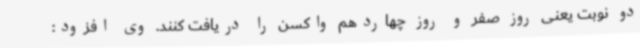
دو نوبت یعنی روز صفر و روز چهاردهم واکسن را دریافت کنند. وی افزود: